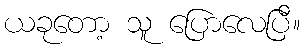
ယခုတော့ သူ ပြောလေပြီ။